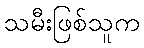
သမီးဖြစ်သူက